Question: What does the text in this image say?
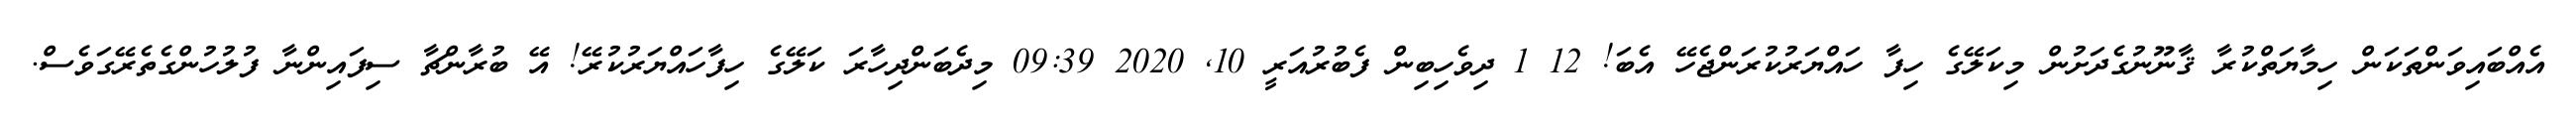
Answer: އެއްބައިވަންތަކަން ހިމާޔަތްކުރާ ޤާނޫނުގެދަށުން މިކަލޭގެ ހިފާ ހައްޔަރުކުރަންޖެހޭ އެބަ! 12 1 ދިވެހިބިން ފެބުރުއަރީ 10, 2020 09:39 މިދެބަންދިހާރަ ކަލޭގެ ހިފާހައްޔަރުކުރޭ! އޭ ބުރާންޗާ ސިފައިންނާ ފުލުހުންގެތެރޭގަވެސް.